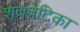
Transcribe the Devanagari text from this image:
शवपेटिका